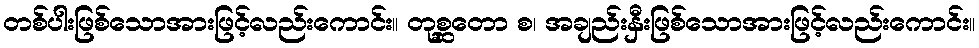
တစ်ပါးဖြစ်သောအားဖြင့်လည်းကောင်း။ တုစ္ဆတော စ၊ အချည်းနှီးဖြစ်သောအားဖြင့်လည်းကောင်း။